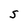
Character: S